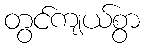
တွင်ကျယ်စွာ